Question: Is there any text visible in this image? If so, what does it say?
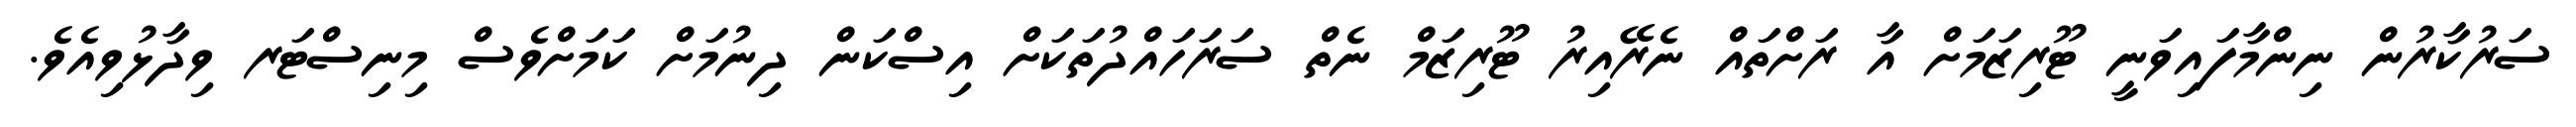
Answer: ސަރުކާރުން ނިންމާފައިވަނީ ޓޫރިޒަމަށް އާ ރަށްތައް ނެރޭއިރު ޓޫރިޒަމް ނެތް ސަރަހައްދުތަކަށް އިސްކަން ދިނުމަށް ކަމަށްވެސް މިނިސްޓަރ ވިދާޅުވިއެވެ.